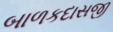
બાળકદાસજી